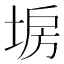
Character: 𡍀